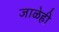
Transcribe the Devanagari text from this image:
जाळेही